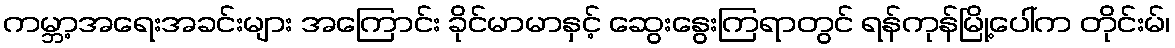
ကမ္ဘာ့အရေးအခင်းများ အကြောင်း ခိုင်မာမာနှင့် ဆွေးနွေးကြရာတွင် ရန်ကုန်မြို့ပေါ်က တိုင်းမ်၊